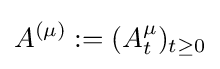
A^{(\mu )}:=(A_{t}^{\mu })_{t\geq 0}